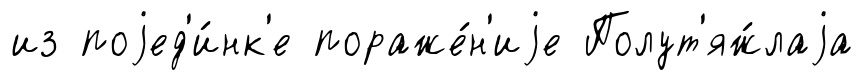
из поjед'и́нк'е пораже́н'иjе Полут'яж́лаjа